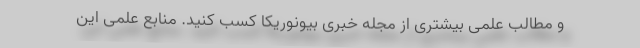
و مطالب علمی بیشتری از مجله خبری بیونوریکا کسب کنید. منابع علمی این